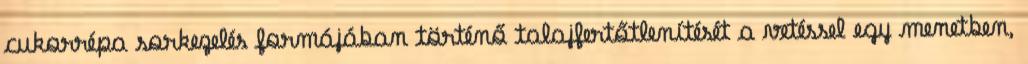
cukorrépa sorkezelés formájában történő talajfertőtlenítését a vetéssel egy menetben,